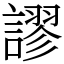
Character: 謬